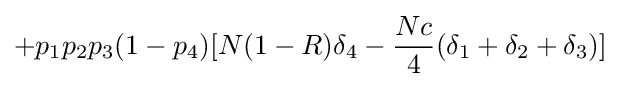
+p_{1}p_{2}p_{3}(1-p_{4})[N(1-R)\delta _{4}-{\frac {Nc}{4}}(\delta _{1}+\delta _{2}+\delta _{3})]